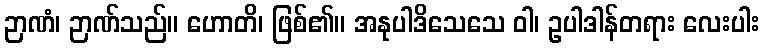
ဉာဏံ၊ ဉာဏ်သည်။ ဟောတိ၊ ဖြစ်၏။ အနုပါဒိသေသေ ဝါ၊ ဥပါဒါန်တရား လေးပါး